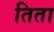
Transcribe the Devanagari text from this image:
तिता